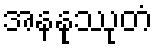
အနနုဿုတံ